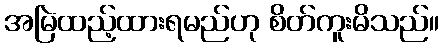
အမြဲထည့်ထားရမည်ဟု စိတ်ကူးမိသည်။